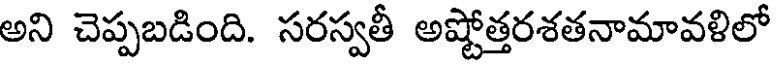
అని చెప్పబడింది. సరస్వతీ అష్టోత్తరశతనామావళిలో